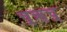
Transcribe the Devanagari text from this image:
च्र्ॠच्र्